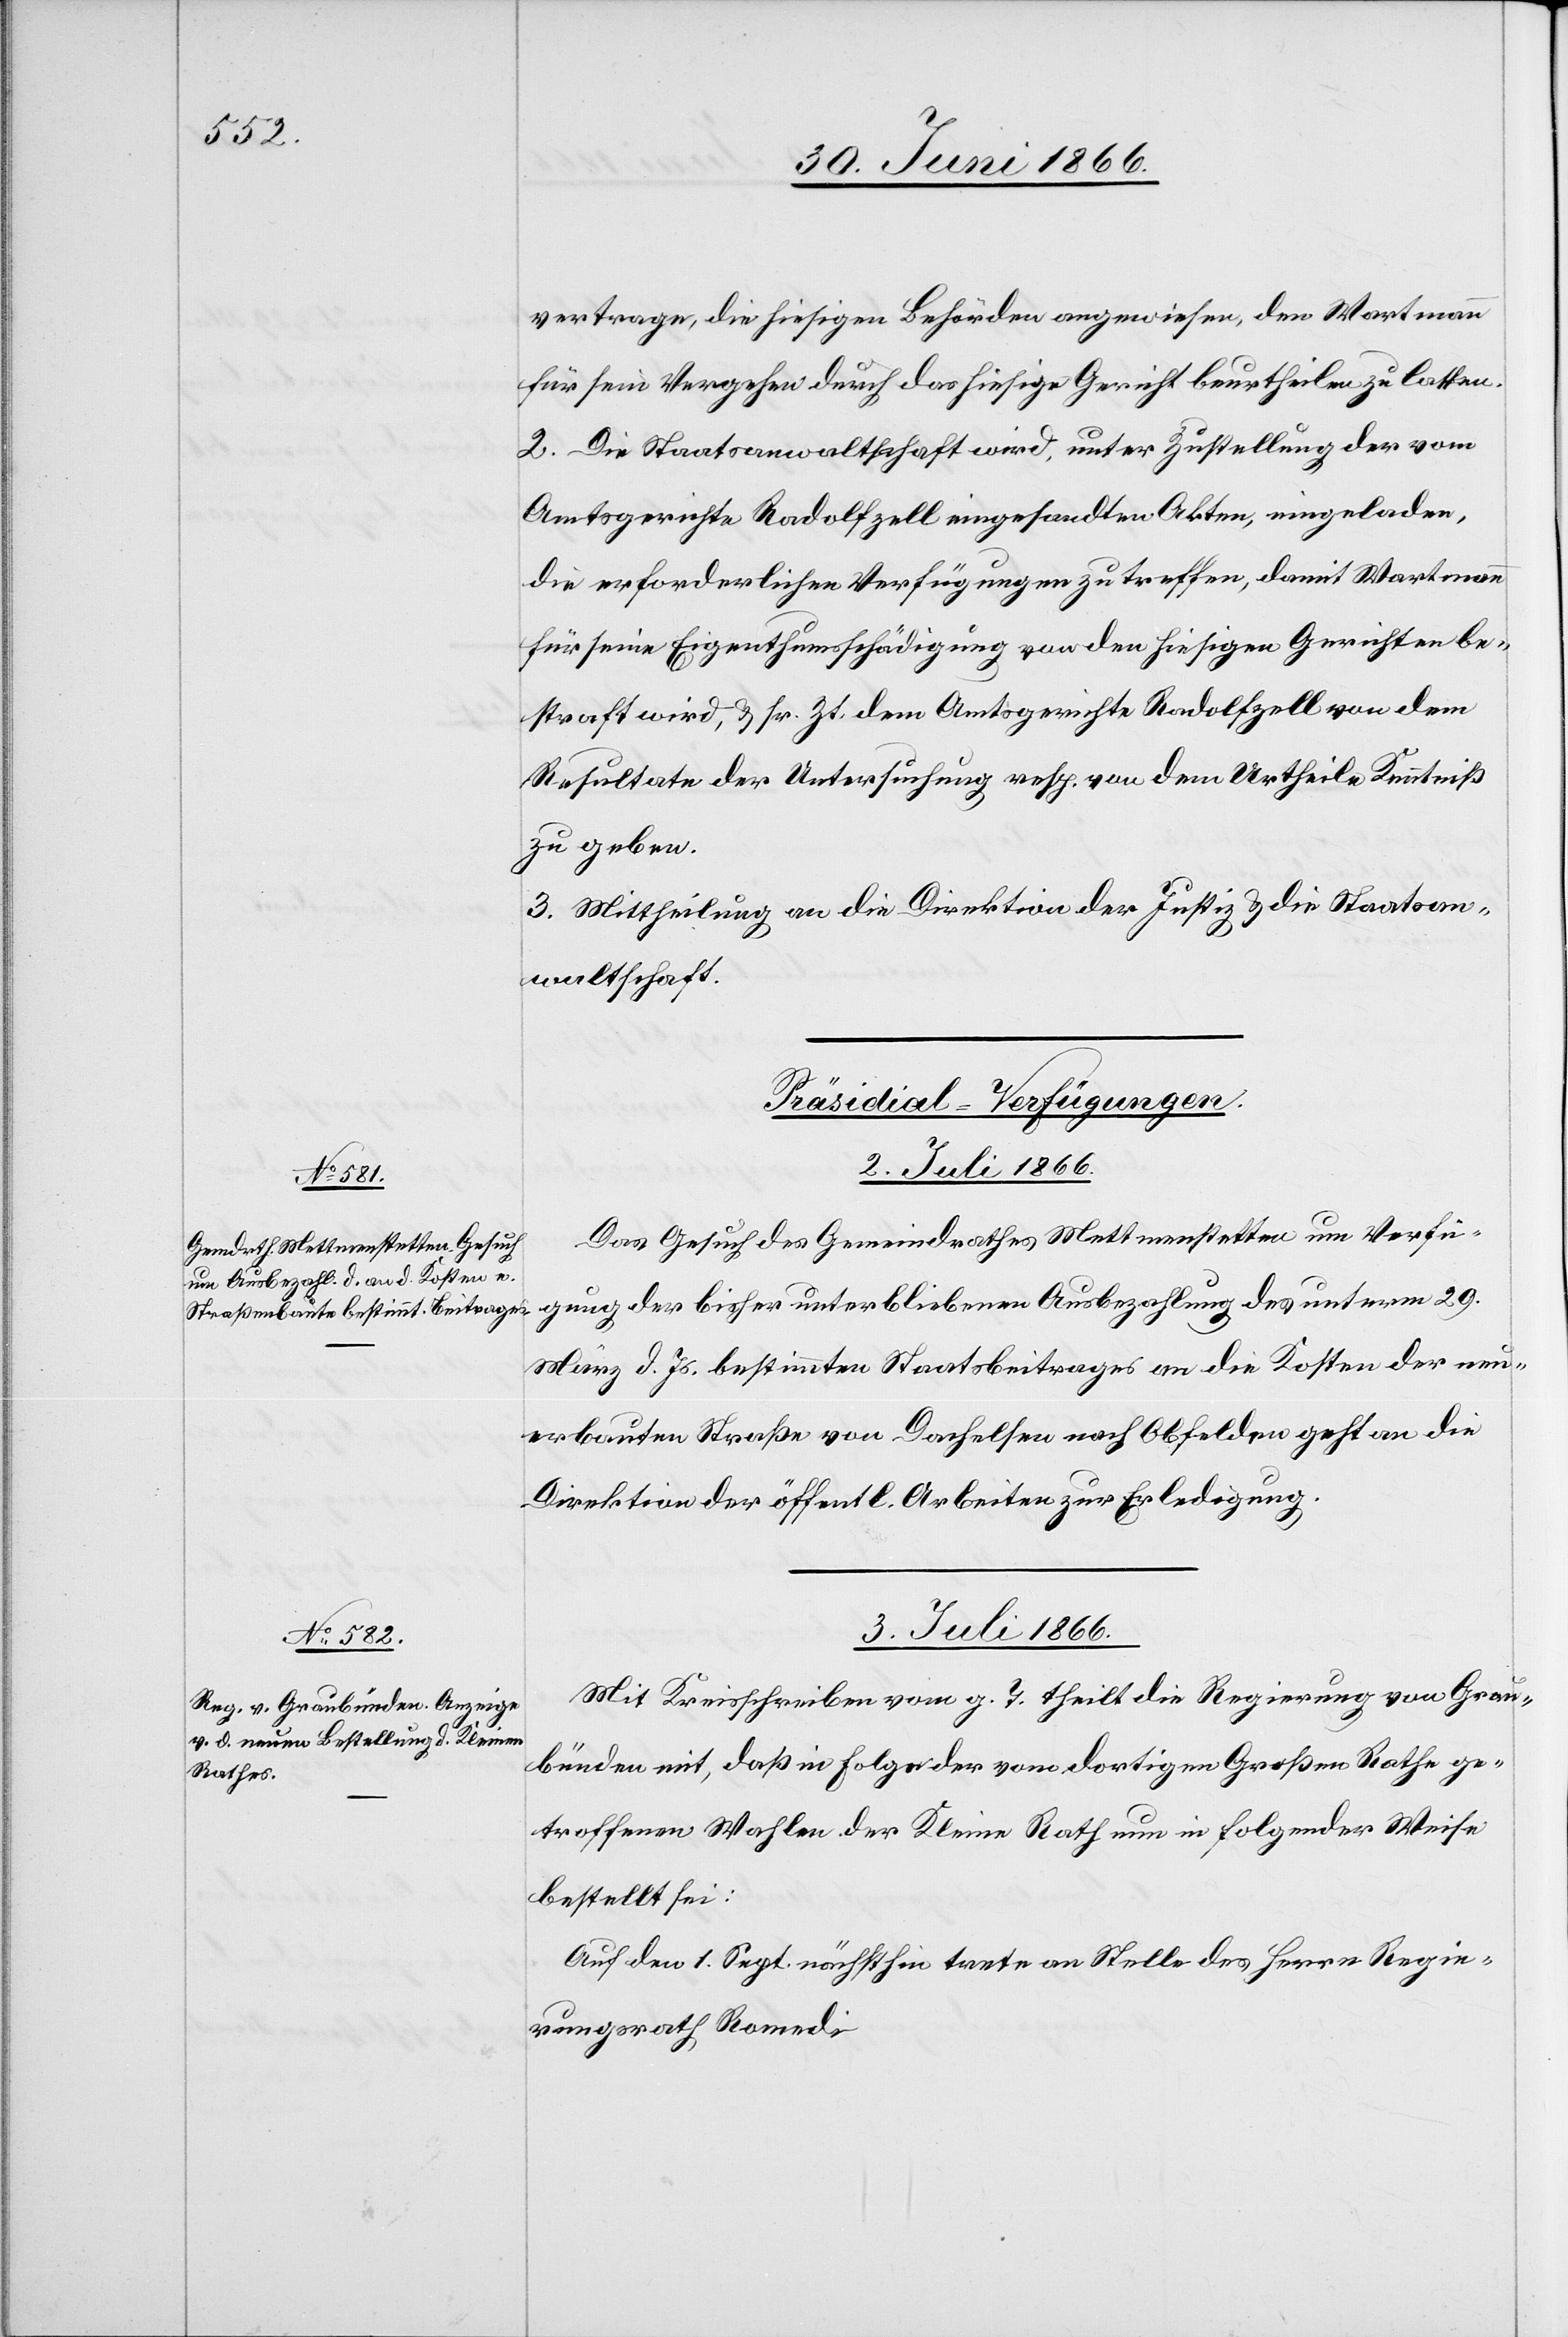
vertrages, die hiesigen Behörden angewiesen, den Wartmann
für sein Vergehen durch das hiesige Gericht beurtheilen zu lassen.
2. Die Staatsanwaltschaft wird, unter Zustellung der vom
Amtsgerichte Radolfzell eingesandten Akten, eingeladen,
die erforderlichen Verfügungen zu treffen, damit Wartmann
für seine Eigenthumsschädigung vor den hiesigen Gerichten be¬
straft wird u. sr. Zt. dem Amtsgerichte Radolfzell von dem
Resultate der Untersuchung resp. von dem Urtheile Kenntniß
zu geben.
3. Mittheilung an die Direktion der Justiz u. die Staatsan¬
waltschaft.
[Präsidial-Verfügungen.]
2. Juli 1866.
Das Gesuch des Gemeindrathes Mettmenstetten um Verfü¬
gung der bisher unterbliebenen Ausbezahlung des unterm 29.
März d. Js. bestimmten Staatsbeitrages an die Kosten der neu¬
erbauten Straße von Dachseln nach Obfelden geht an die
Direktion der öffentl. Arbeiten zur Erledigung.
3. Juli 1866.
Mit Kreisschreiben vom g. T. theilt die Regierung von Grau¬
bünden mit, daß in Folge der vom dortigen Großen Rathe ge¬
troffenen Wahlen der Kleine Rath nun in folgender Weise
bestellt sei:
Auf den 1. Sept. nächsthin trete an Stelle der Herrn Regie¬
rungsrath Romedi